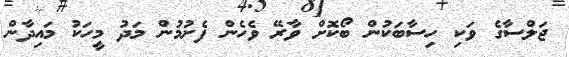
ޖަލްސާގެ ވަކި ހިސާބަކުން ބޯކޮށް ވާރޭ ވެހެން ފެށުމުން މަދު މީހަކު މައިދާން